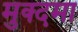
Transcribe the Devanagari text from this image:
मुक्दमा